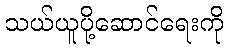
သယ်ယူပို့ဆောင်ရေးကို